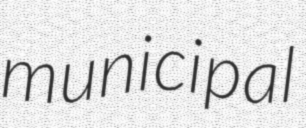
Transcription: municipal